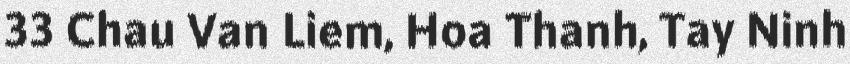
33 Chau Van Liem, Hoa Thanh, Tay Ninh